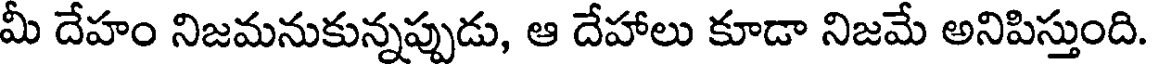
మీ దేహం నిజమనుకున్నప్పుడు, ఆ దేహాలు కూడా నిజమే అనిపిస్తుంది